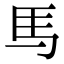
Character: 𫠉